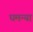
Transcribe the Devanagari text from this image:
घमन्या